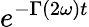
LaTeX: e^{-\Gamma(2\omega)t}